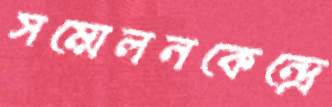
সম্মেলনকেন্দ্রে